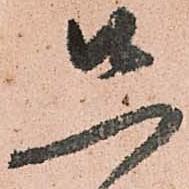
先